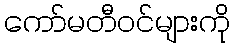
ကော်မတီဝင်များကို